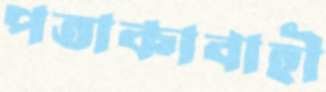
পতাকাবাহী